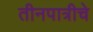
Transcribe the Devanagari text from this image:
तीनपात्रीचे